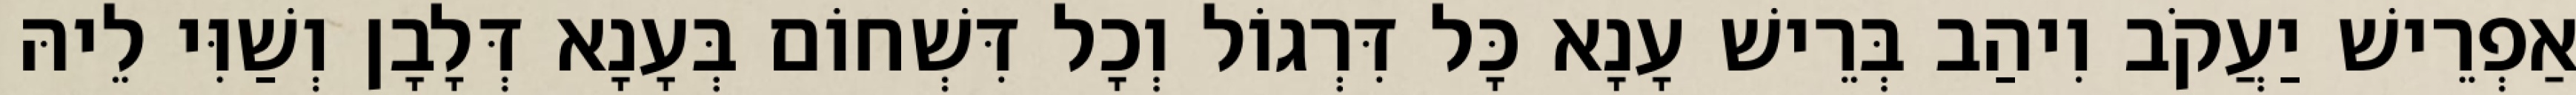
אַפְרֵישׁ יַעֲקֹב וִיהַב בְּרֵישׁ עָנָא כָּל דִּרְגוֹל וְכָל דִּשְׁחוֹם בְּעָנָא דְּלָבָן וְשַׁוִּי לֵיהּ